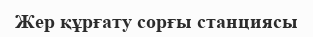
Жер құрғату сорғы станциясы